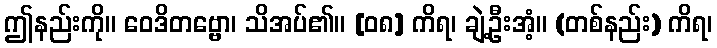
ဤနည်းကို။ ဝေဒိတဗ္ဗော၊ သိအပ်၏။ [၀၈] ကိရ၊ ချဲ့ဦးအံ့။ (တစ်နည်း) ကိရ၊